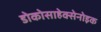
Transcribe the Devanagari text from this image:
डोकोसाहेक्सेनोइक